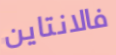
فالانتاين